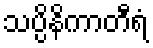
သပ္ပိနိကာတီရံ